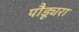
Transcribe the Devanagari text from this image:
पौड्यूरा